Civil Veterinary Dept. North-West Frontier Province 1901-22 - 1901-1922
Year: 1901
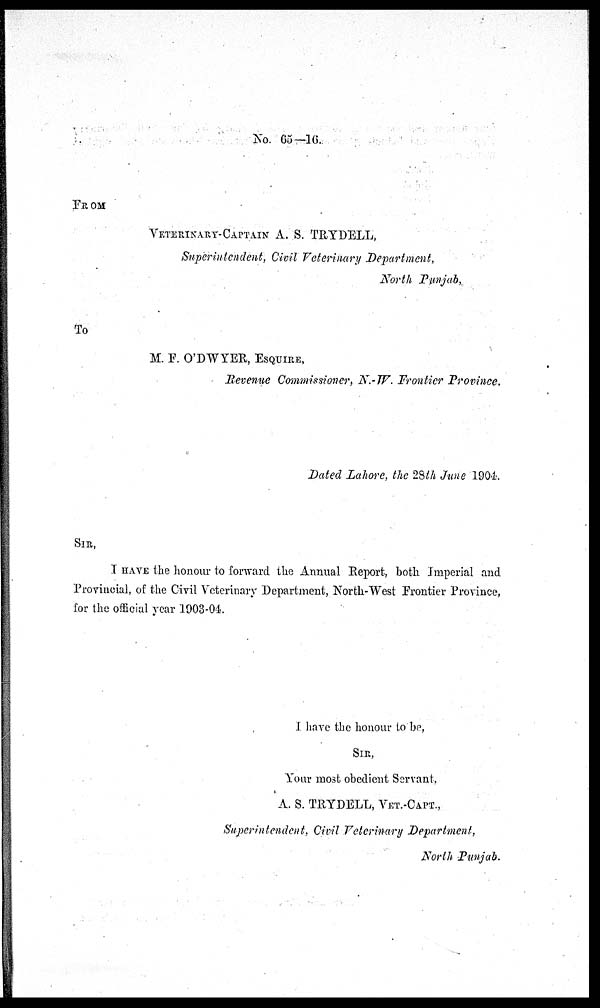
No. 65—16.
FROM
VETERINARY-CAPTAIN
A. S. TRYDELL,
Superintendent, Civil Veterinary Department,
North Punjab,
To
M. F. O'DWYER, ESQUIRE,
Revenue Commissioner, N.-W. Frontier Province.
Dated Lahore, the 28th June 1904.
SIR,
I HAVE the honour to forward the Annual Report, both Imperial and
Provincial, of the Civil Veterinary Department, North-West Frontier Province,
for the official year 1903-04.
I have the honour to be,
SIR,
Your most obedient Servant,
A. S. TRYDELL, VET.-CAPT.,
Superintendent, Civil Veterinary Department,
North Punjab.